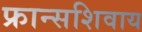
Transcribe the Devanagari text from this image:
फ्रान्सशिवाय